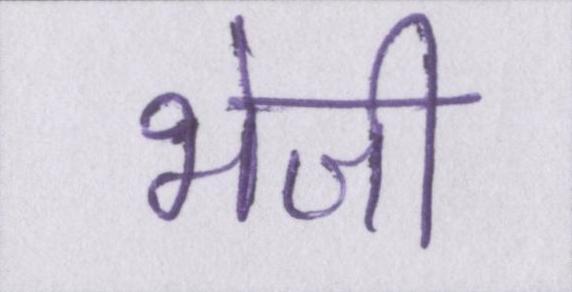
भेजी